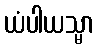
ယံပါယသ္မာ